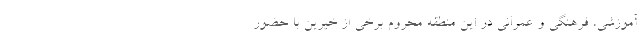
آموزشی، فرهنگی و عمرانی در این منطقه محروم برخی از خیرّین با حضور